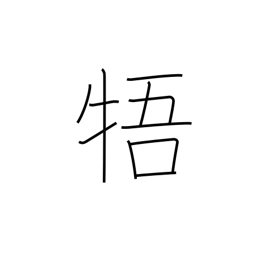
Meaning: be contrary to